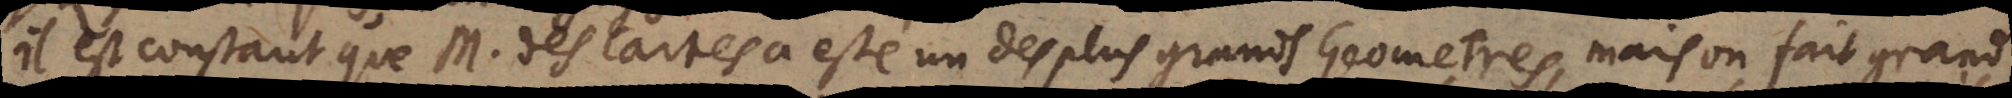
Il est constant que M. des Cartes a esté un des plus grands Geometres, mais on fait grand